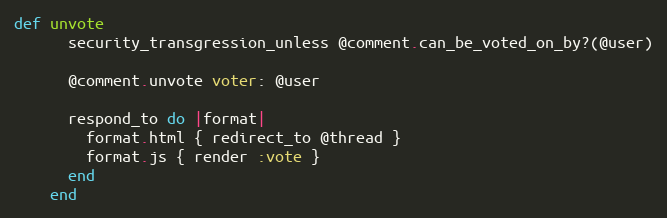
Language: Ruby
def unvote
      security_transgression_unless @comment.can_be_voted_on_by?(@user)

      @comment.unvote voter: @user

      respond_to do |format|
        format.html { redirect_to @thread }
        format.js { render :vote }
      end
    end